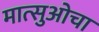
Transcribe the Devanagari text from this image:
मात्सुओचा